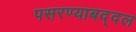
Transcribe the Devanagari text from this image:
पसरण्याबद्दल